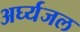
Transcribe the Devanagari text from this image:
अर्घ्यजल